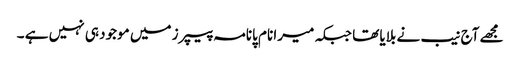
مجھے آج نیب نے بلایا تھا جبکہ میرا نام پانامہ پیپرز میں موجود ہی نہیں ہے ۔